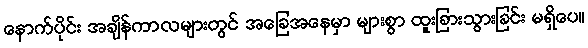
နောက်ပိုင်း အချိန်ကာလများတွင် အခြေအနေမှာ များစွာ ထူးခြားသွားခြင်း မရှိပေ။